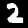
Label: 2